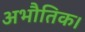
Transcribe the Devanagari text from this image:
अभौतिक।